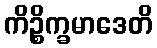
ကိဉ္စိက္ခမာဒေတိ